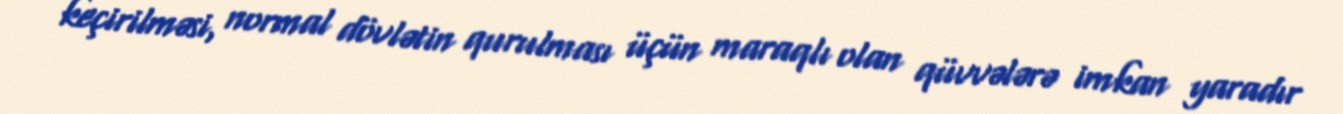
keçirilməsi, normal dövlətin qurulması üçün maraqlı olan qüvvələrə imkan yaradır